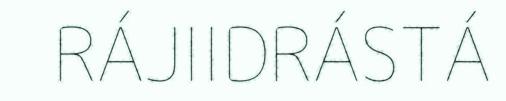
RÁJIIDRÁSTÁ